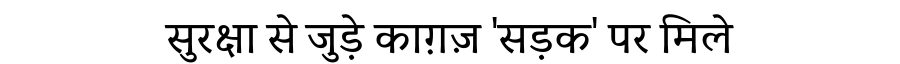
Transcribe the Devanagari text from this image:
सुरक्षा से जुड़े काग़ज़ 'सड़क' पर मिले